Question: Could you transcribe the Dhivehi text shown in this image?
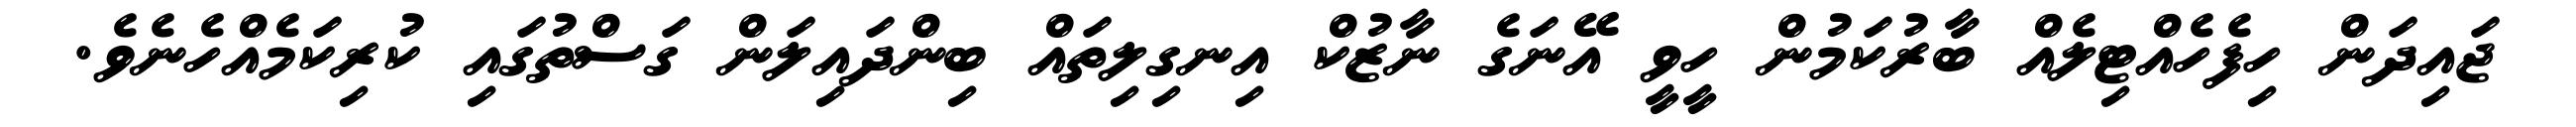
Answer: ޖައިދަން ހިފެހެއްޓިލެއް ބާރުކަމުން ހީވީ އޭނަގެ ނާޒުކް އިނގިލިތައް ބިންދައިލަން ގަސްތުގައި ކުރިކަމެއްހެނެވެ.